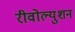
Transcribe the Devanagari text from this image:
रीवोल्युशन